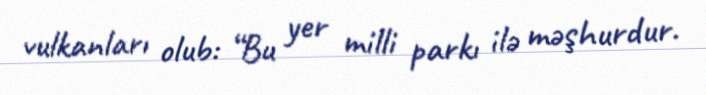
vulkanları olub: “Bu yer milli parkı ilə məşhurdur.